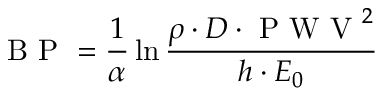
\mathrm { ~ B ~ P ~ } = \frac { 1 } { \alpha } \ln \frac { \rho \cdot D \cdot \mathrm { ~ P ~ W ~ V ~ } ^ { 2 } } { h \cdot E _ { 0 } }